Report of the Indian Hemp Drugs Commission, 1894-1895 - Volume VIII
Year: 1894
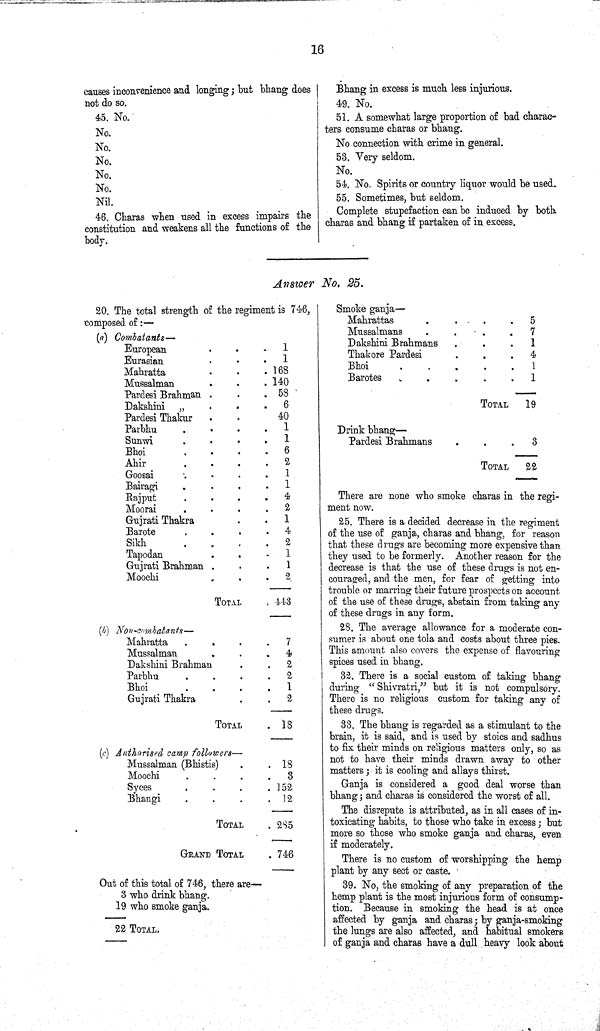
16
causes inconvenience and longing; but bhang does
not do so.
45. No.
No.
No.
No.
No.
No.
Nil.
46. Charas when used in excess impairs the
constitution and weakens all the functions of the
body.
Bhang in excess is much less injurious.
49. No.
51. A somewhat large proportion of bad charac-
ters consume charas or bhang.
No connection with crime in general.
53. Very seldom.
No.
54. No. Spirits or country liquor would be used.
55. Sometimes, but seldom.
Complete stupefaction can be induced by both
charas and bhang if partaken of in excess.
Answer No. 25.
20. The total strength of the regiment is 746,
composed of:—
(a) Combatants—
European
1
Eurasian
1
Mahratta
168
Mussalman
140
Pardesi Brahman
58
Dakshini
6
Pardesi Thakur
40
Parbhu
1
Sunwi
1
Bhoi
6
Ahir
2
Goosai
1
Bairagi
1
Rajput
4
Moorai
2
Gujrati Thakra
1
Barote
4
Sikh
2
Tapodan
1
Gujrati Brahman
1
Moochi
2
TOTAL
443
(b) Non-combatants—
Mahratta
7
Mussalman
4
Dakshini Brahman
2
Parbhu
2
Bhoi
1
Gujrati Thakra
2
TOTAL
18
(c) Authorised camp followers—
Mussalman (Bhistis)
18
Moochi
3
Syces
Bhangi
12
TOTAL
285
GRAND TOTAL
746
Out of this total of 746, there are—
3 who drink bhang.
19 who smoke ganja.
22 TOTAL.
Smoke ganja—
Mahrattas
5
Mussalmans
7
Dakshini Brahmans
1
Thakore Pardesi
4
Bhoi
1
Barotes
1
TOTAL
19
Drink bhang—
Pardesi Brahmans
3
TOTAL
22
There are none who smoke charas in the regi-
ment now.
25. There is a decided decrease in the regiment
of the use of ganja, charas and bhang, for reason
that these drugs are becoming more expensive than
they used to be formerly. Another reason for the
decrease is that the use of these drugs is not en-
couraged, and the men, for fear of getting into
trouble or marring their future prospects on account
of the use of these drugs, abstain from taking any
of these drugs in any form.
28. The average allowance for a moderate con-
sumer is about one tola and costs about three pies.
This amount also covers the expense of flavouring
spices used in bhang.
32. There is a social custom of taking bhang
during "Shivratri," but it is not compulsory.
There is no religious custom for taking any of
these drugs.
33. The bhang is regarded as a stimulant to the
brain, it is said, and is used by stoics and sadhus
to fix their minds on religious matters only, so as
not to have their minds drawn away to other
matters; it is cooling and allays thirst.
Ganja is considered a good deal worse than
bhang; and charas is considered the worst of all.
The disrepute is attributed, as in all cases of in-
toxicating habits, to those who take in excess; but
more so those who smoke ganja and charas, even
if moderately.
There is no custom of worshipping the hemp
plant by any sect or caste.
39. No, the smoking of any preparation of the
hemp plant is the most injurious form of consump-
tion. Because in smoking the head is at once
affected by ganja and charas; by ganja smoking
the lungs are also affected, and habitual smokers
of ganja and charas have a dull heavy look about